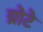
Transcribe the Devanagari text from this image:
ग्रोटे